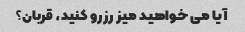
آیا می خواهید میز رزرو کنید، قربان؟